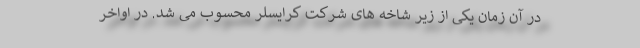
در آن زمان یکی از زیر شاخه های شرکت کرایسلر محسوب می شد. در اواخر